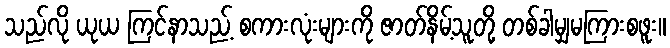
သည်လို ယုယ ကြင်နာသည့် စကားလုံးများကို ဇာတ်နိမ့်သူတို့ တစ်ခါမျှမကြားစဖူး။